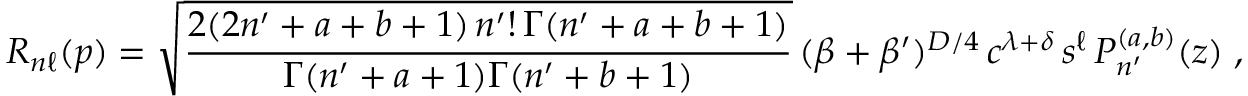
R _ { n \ell } ( p ) = \sqrt { \frac { 2 ( 2 n ^ { \prime } + a + b + 1 ) \, n ^ { \prime } ! \, \Gamma ( n ^ { \prime } + a + b + 1 ) } { \Gamma ( n ^ { \prime } + a + 1 ) \Gamma ( n ^ { \prime } + b + 1 ) } } \, ( \beta + \beta ^ { \prime } ) ^ { D / 4 } \, c ^ { \lambda + \delta } \, s ^ { \ell } \, P _ { n ^ { \prime } } ^ { ( a , b ) } ( z ) \; ,